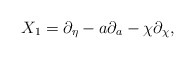
\begin{align*}X_1=\partial_\eta -a\partial_a-\chi\partial_\chi ,\end{align*}